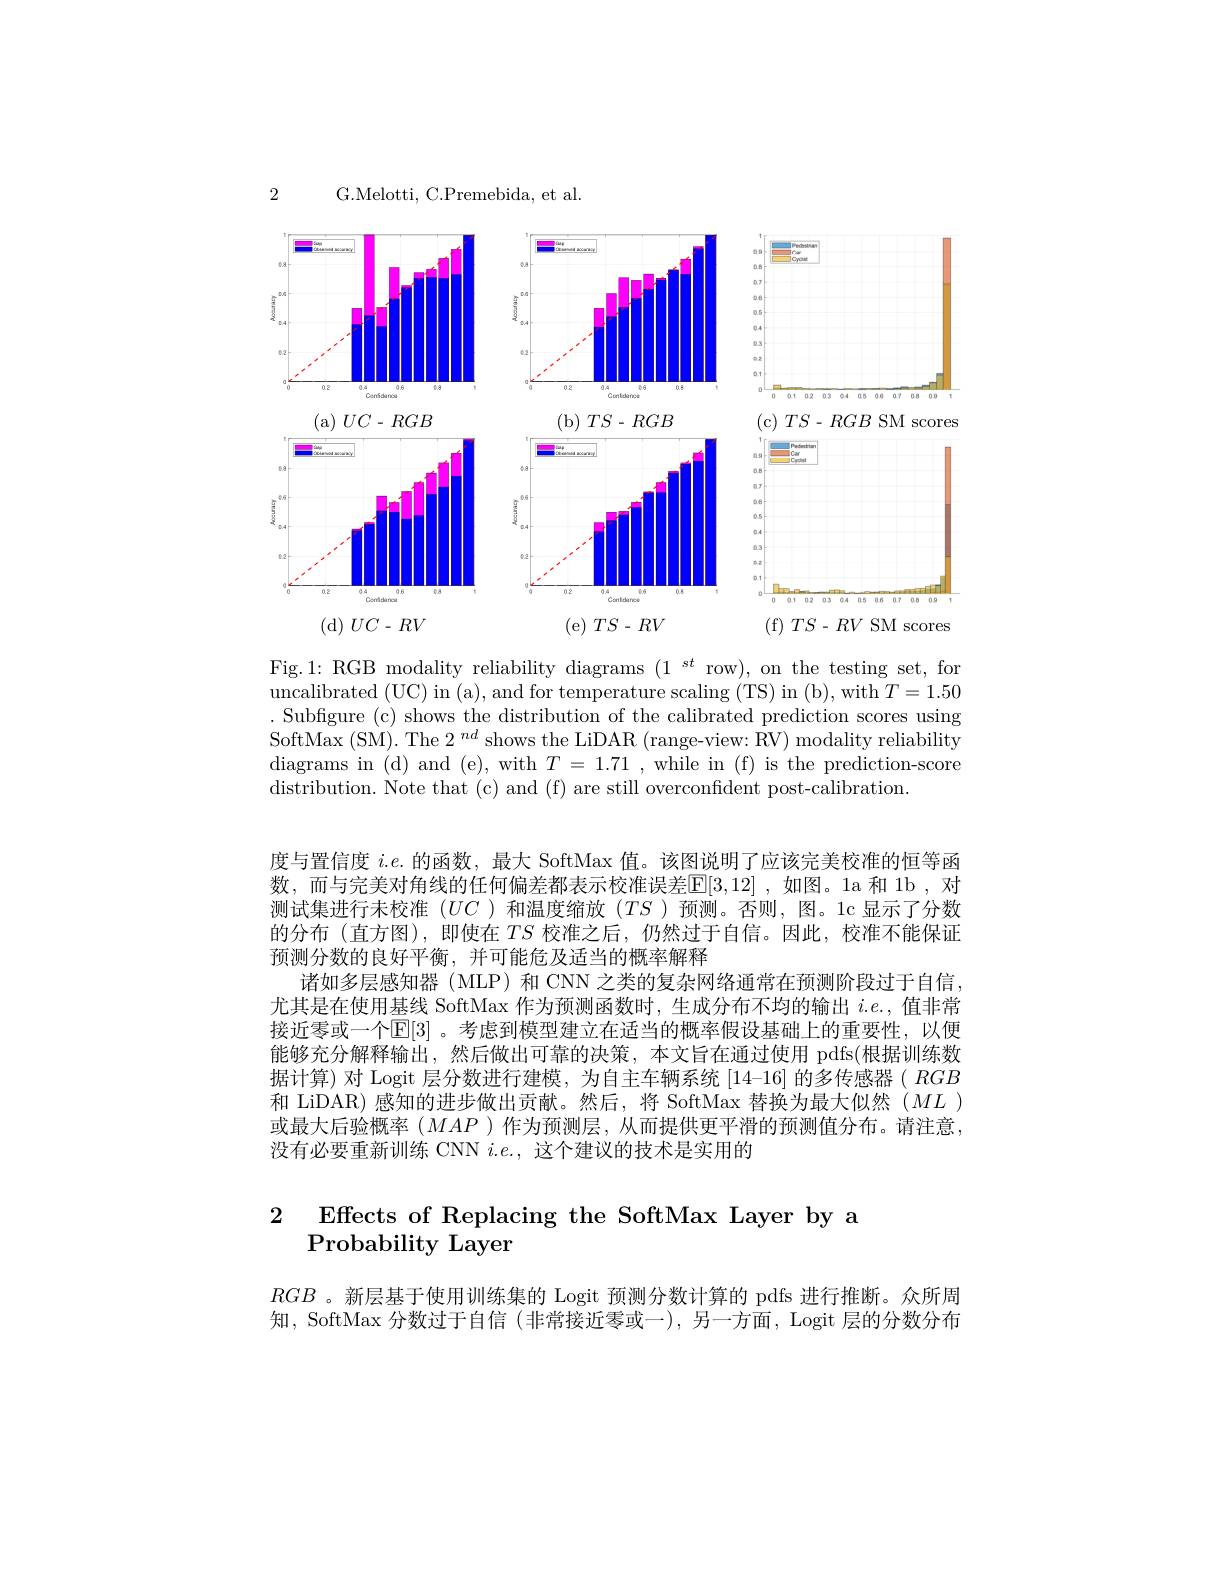
2

G.Melotti, C.Premebida, et al.

<FigureHere>
scores
$UC-RV$
$TS-RV$

Fig.1: RGB modality reliability diagrams $(1^{st}$ row), on the testing set, for uncalibrated (UC) in (a), and for temperature scaling (TS) in (b), with $T=1.50$ . Subfigure (c) shows the distribution of the calibrated prediction scores using SoftMax (SM). The $2^{nd}$ shows the LiDAR (range-view: RV) modality reliability diagrams in (d) and (e), with $T=1.71$ , while in (f) is the prediction-score distribution. Note that (c) and (f) are still overconfident post-calibration.

度与置信度$i.e.$的函数，最大 SoftMax 值。该图说明了应该完美校准的恒等函数，而与完美对角线的任何偏差都表示校准误差$\mathbb{E}[3,12]$ ,如图。1a 和 1b ,对测试集进行未校准($UC$ )和温度缩放($TS$ )预测。否则，图。1c 显示了分数的分布(直方图),即使在$TS$校准之后，仍然过于自信。因此，校淮不能保证预测分数的良好平衡，并可能危及适当的概率解释
诸如多层感知器 (MLP) 和 CNN 之类的复杂网络通常在预测阶段过于自信， 尤其是在使用基线 SoftMax 作为预测函数时，生成分布不均的输出$i.e.$,值非常接近零或一个$\mathbb{E}[3]$ 。考虑到模型建立在适当的概率假设基础上的重要性，以便能够充分解释输出，然后做出可靠的决策，本文旨在通过使用 pdfs(根据训练数据计算) 对 Logit 层分数进行建模，为自主车辆系统 [14-16] 的多传感器( $RGB$ 和 LiDAR)感知的进步做出贡献。然后，将 SoftMax 替换为最大似然$(ML)$ 或最大后验概率($MAP$)作为预测层，从而提供更平滑的预测值分布。请注意， 没有必要重新训练 CNN $i.e.$,这个建议的技术是实用的

2 Effects of Replacing the SoftMax Layer by a

$RGB$ 。新层基于使用训练集的 Logit 预测分数计算的 pdfs 进行推断。众所周知，SoftMax 分数过于自信 (非常接近零或一),另一方面，Logit 层的分数分布